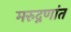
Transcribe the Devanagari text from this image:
मरुद्नणांत